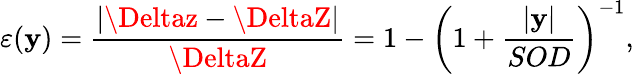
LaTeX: \varepsilon(\mathbf{y})=\frac{{\lvert\Deltaz-\DeltaZ\rvert}}{{\DeltaZ}}=1-\left(1+\frac{{\lvert\mathbf{y}\rvert}}{{SOD}}\right)^{-1},